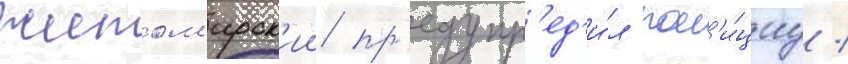
Житом'ирск'ии пр'едупр'ед'и́л пол'и́циу /